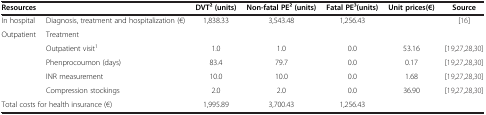
<table><thead><tr><td colspan="2"><b>Resources</b></td><td><b>DVT2 (units)</b></td><td><b>Non-fatal PE2 (units)</b></td><td><b>Fatal PE3(units)</b></td><td><b>Unit prices(€)</b></td><td><b>Source</b></td></tr></thead><tbody><tr><td>In hospital</td><td>Diagnosis, treatment and hospitalization (€)</td><td>1,838.33</td><td>3,543.48</td><td>1,256.43</td><td> </td><td>[16]</td></tr><tr><td>Outpatient</td><td>Treatment</td><td> </td><td> </td><td> </td><td> </td><td> </td></tr><tr><td> </td><td>Outpatient visit<sup>1</sup></td><td>1.0</td><td>1.0</td><td>0.0</td><td>53.16</td><td>[19,27,28,30]</td></tr><tr><td> </td><td>Phenprocoumon (days)</td><td>83.4</td><td>79.7</td><td>0.0</td><td>0.17</td><td>[19,27,28,30]</td></tr><tr><td> </td><td>INR measurement</td><td>10.0</td><td>10.0</td><td>0.0</td><td>1.68</td><td>[19,27,28,30]</td></tr><tr><td> </td><td>Compression stockings</td><td>2.0</td><td>2.0</td><td>0.0</td><td>36.90</td><td>[19,27,28,30]</td></tr><tr><td colspan="2">Total costs for health insurance (€)</td><td>1,995.89</td><td>3,700.43</td><td>1,256.43</td><td> </td><td> </td></tr></tbody></table>